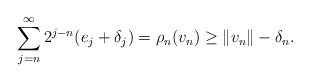
\begin{align*}\sum_{j=n}^{\infty} 2^{j-n} (e_j + \delta_j)= \rho_n(v_n)\geq \|v_n\| - \delta_n.\end{align*}